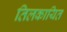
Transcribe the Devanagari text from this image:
तिलकायित